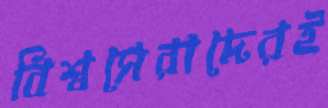
বিশ্বসেরাদেরই